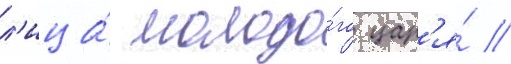
л'ица́ молодо́го цар'я́ //